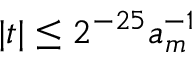
| t | \leq 2 ^ { - 2 5 } a _ { m } ^ { - 1 }